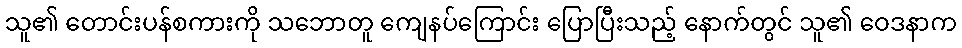
သူ၏ တောင်းပန်စကားကို သဘောတူ ကျေနပ်ကြောင်း ပြောပြီးသည့် နောက်တွင် သူ၏ ဝေဒနာက